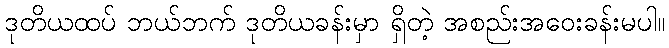
ဒုတိယထပ် ဘယ်ဘက် ဒုတိယခန်းမှာ ရှိတဲ့ အစည်းအဝေးခန်းမပါ။